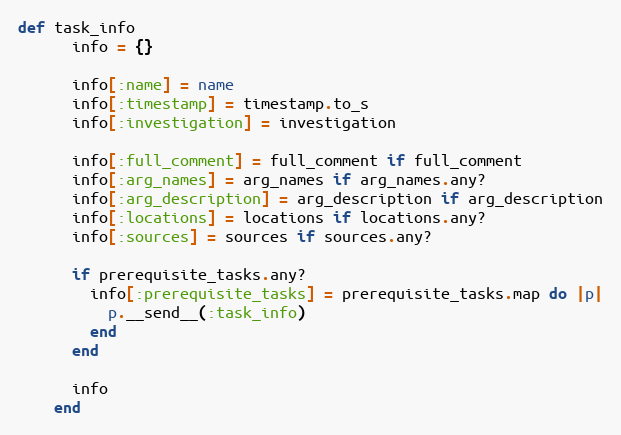
Language: Ruby
def task_info
      info = {}

      info[:name] = name
      info[:timestamp] = timestamp.to_s
      info[:investigation] = investigation

      info[:full_comment] = full_comment if full_comment
      info[:arg_names] = arg_names if arg_names.any?
      info[:arg_description] = arg_description if arg_description
      info[:locations] = locations if locations.any?
      info[:sources] = sources if sources.any?

      if prerequisite_tasks.any?
        info[:prerequisite_tasks] = prerequisite_tasks.map do |p|
          p.__send__(:task_info)
        end
      end

      info
    end